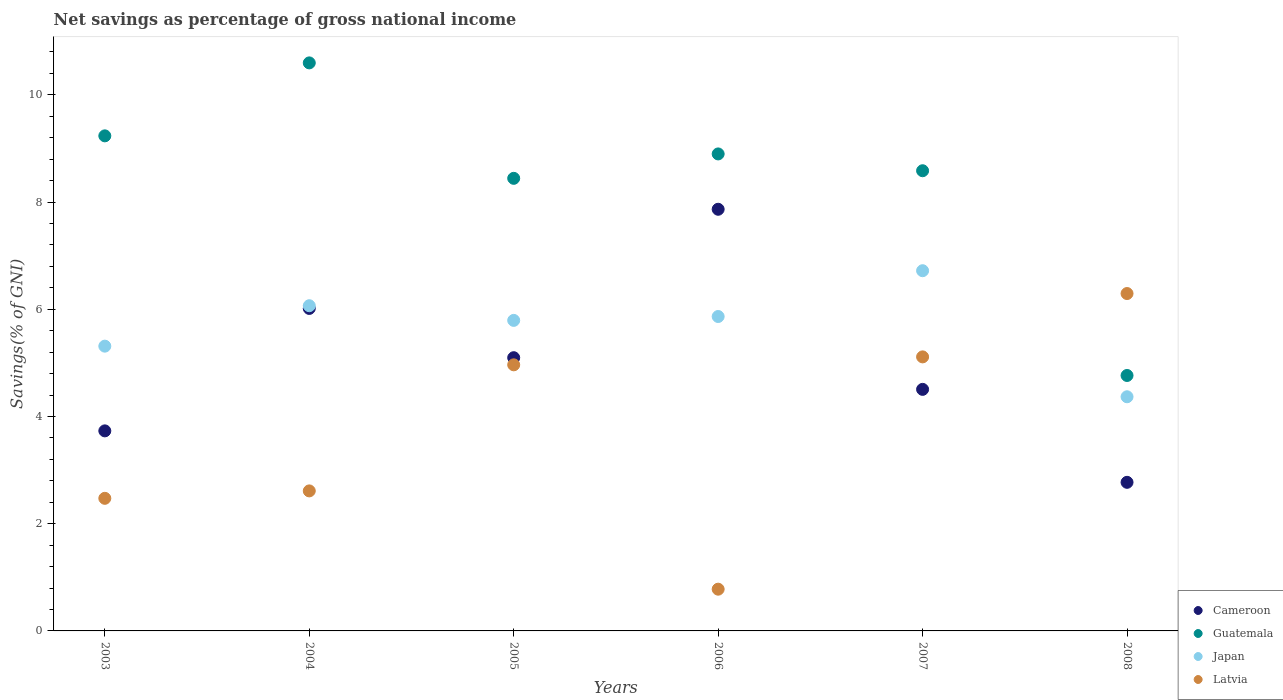
| Years | Cameroon | Guatemala | Japan | Latvia |
 | --- | --- | --- | --- | --- |
 | 2003 | 3.73 | 9.24 | 5.31 | 2.47 |
 | 2004 | 6.02 | 10.6 | 6.07 | 2.61 |
 | 2005 | 5.1 | 8.44 | 5.79 | 4.96 |
 | 2006 | 7.87 | 8.9 | 5.86 | 0.779 |
 | 2007 | 4.51 | 8.58 | 6.72 | 5.11 |
 | 2008 | 2.77 | 4.76 | 4.37 | 6.29 |